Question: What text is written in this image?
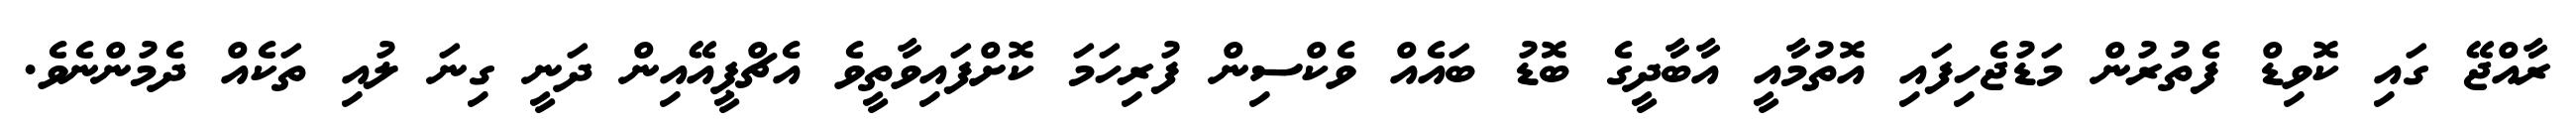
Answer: ރާއްޖޭ ގައި ކޮވިޑް ފެތުރުން މަޑުޖެހިފައި އޮތުމާއީ އާބާދީގެ ބޮޑު ބައެއް ވެކްސިން ފުރިހަމަ ކޮށްފައިވާތީވެ އެޗްޕީއޭއިން ދަނީ ގިނަ ލުއި ތަކެއް ދެމުންނެވެ.